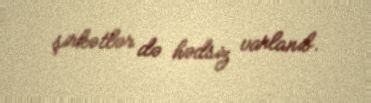
şirkətlər də hədsiz varlanıb.